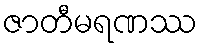
ဇာတီမရဏဿ